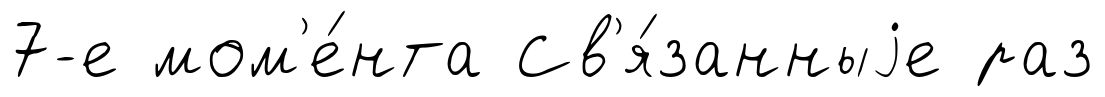
7-е мом'е́нта Св'я́занныjе раз